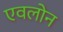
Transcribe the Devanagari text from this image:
एवलोन